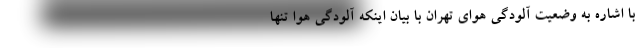
با اشاره به وضعیت آلودگی هوای تهران با بیان اینکه آلودگی هوا تنها